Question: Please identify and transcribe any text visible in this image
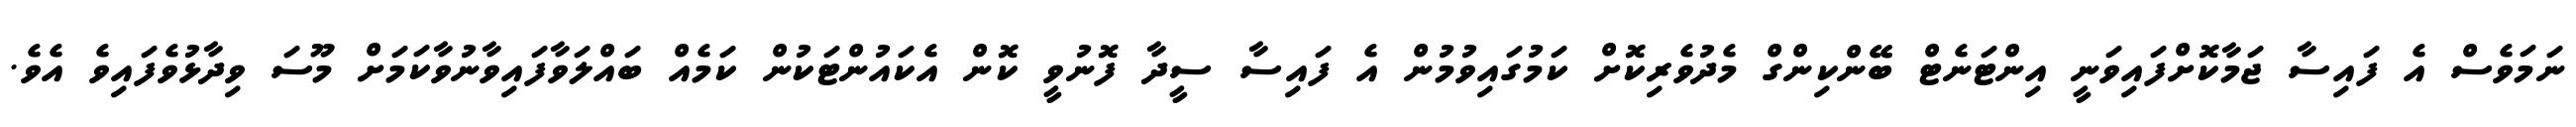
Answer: ނަމަވެސް އެ ފައިސާ ޖަމާކޮށްފައިވަނީ އިންޓަނެޓް ބޭންކިންގް މެދުވެރިކޮށް ކަމުގައިވުމުން އެ ފައިސާ ސީދާ ފޮނުވީ ކޮން އެކައުންޓަކުން ކަމެއް ބައްލަވާފައިވާނުވާކަމަށް މޫސަ ވިދާޅުވެފައިވެ އެވެ.